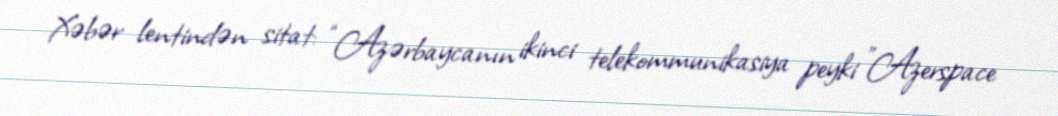
Xəbər lentindən sitat: “Azərbaycanın ikinci telekommunikasiya peyki ”Azerspace